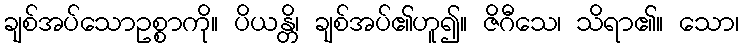
ချစ်အပ်သောဥစ္စာကို။ ပိယန္တိ၊ ချစ်အပ်၏ဟူ၍။ ဇိဂီသေ၊ သိရာ၏။ သော၊